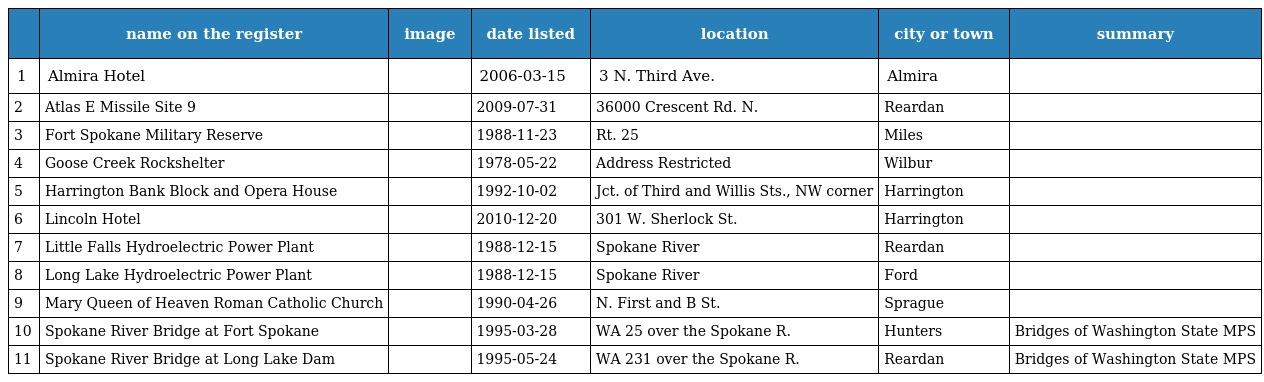
|  | name on the register | image | date listed | location | city or town | summary |
 | --- | --- | --- | --- | --- | --- | --- |
 | 1 | Almira Hotel |  | 2006-03-15 | 3 N. Third Ave. | Almira |  |
 | 2 | Atlas E Missile Site 9 |  | 2009-07-31 | 36000 Crescent Rd. N. | Reardan |  |
 | 3 | Fort Spokane Military Reserve |  | 1988-11-23 | Rt. 25 | Miles |  |
 | 4 | Goose Creek Rockshelter |  | 1978-05-22 | Address Restricted | Wilbur |  |
 | 5 | Harrington Bank Block and Opera House |  | 1992-10-02 | Jct. of Third and Willis Sts., NW corner | Harrington |  |
 | 6 | Lincoln Hotel |  | 2010-12-20 | 301 W. Sherlock St. | Harrington |  |
 | 7 | Little Falls Hydroelectric Power Plant |  | 1988-12-15 | Spokane River | Reardan |  |
 | 8 | Long Lake Hydroelectric Power Plant |  | 1988-12-15 | Spokane River | Ford |  |
 | 9 | Mary Queen of Heaven Roman Catholic Church |  | 1990-04-26 | N. First and B St. | Sprague |  |
 | 10 | Spokane River Bridge at Fort Spokane |  | 1995-03-28 | WA 25 over the Spokane R. | Hunters | Bridges of Washington State MPS |
 | 11 | Spokane River Bridge at Long Lake Dam |  | 1995-05-24 | WA 231 over the Spokane R. | Reardan | Bridges of Washington State MPS |